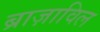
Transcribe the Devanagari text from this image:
ब्राज़ाविल